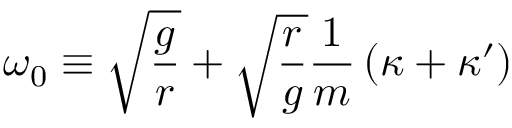
\omega _ { 0 } \equiv \sqrt { \frac { g } { r } } + \sqrt { \frac { r } { g } } \frac { 1 } { m } \left( \kappa + \kappa ^ { \prime } \right)